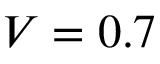
V = 0 . 7